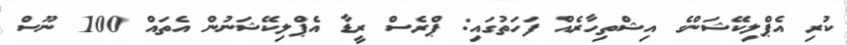
ކުރި އެޕްލިކޭޝަންގެ އިޝްތިހާރެއް ފަހަތުގައި: ޕްރެސް ރީޑާ އެޕްލިކޭޝަނުން އެތައް 100 ނޫސް